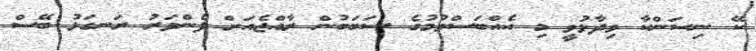
ކޭ ނިސަންކާ ވިދާޅުވީ މި އެއްބަސްވުމުގެ ސަބަބުން ރާއްޖެއަށް ފެންވަރު ރަނގަޅު ބޭސް